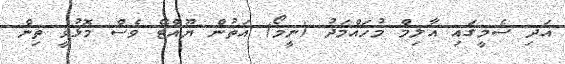
އަދި ސެމީގައި އާލިމް މުހައްމަދު (ނީމޯ) އަތުން ޔޫއްޓޭ ވެސް މޮޅުވީ ތިން